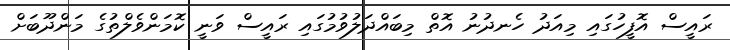
ރައީސް އޮފީހުގައި މިއަދު ހެނދުނު އޮތް މިބައްދަލުވުމުގައި ރައީސް ވަނީ ކޮމަންވެލްތުގެ މަންދޫބަށް